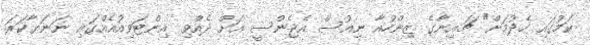
ކަމުގައި ހެދުމަށް" ޗައިނާގެ ޒިންހުއާ ނިއުސް އެޖެންސީ އަށް ދެއްވި އިންޓަވިއުއެއްގައި ނަނަޔާކަަރަ